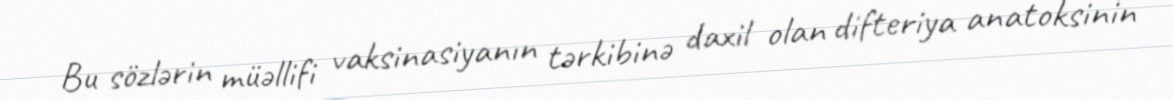
Bu sözlərin müəllifi vaksinasiyanın tərkibinə daxil olan difteriya anatoksinin